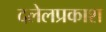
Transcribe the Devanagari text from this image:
दलेलप्रकाश